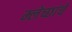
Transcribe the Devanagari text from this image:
म्लेच्छांचें